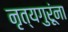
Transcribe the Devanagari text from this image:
नृत्यगुरूंना